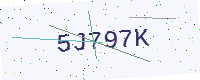
Text: 5J797K